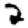
Digit: 2